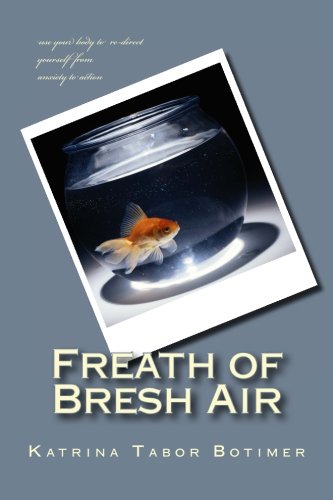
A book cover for Freath of Bresh Air: use your body to re-direct yourself from anxiety to action; Katrina Tabor Botimer; Self-Help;